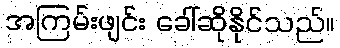
အကြမ်းဖျင်း ခေါ်ဆိုနိုင်သည်။